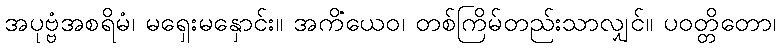
အပုဗ္ဗံအစရိမံ၊ မရှေးမနှောင်း။ အကိံယေဝ၊ တစ်ကြိမ်တည်းသာလျှင်။ ပဝတ္တိတော၊